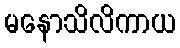
မနောသိလိကာယ